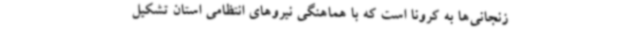
زنجانی‌ها به کرونا است که با هماهنگی نیروهای انتظامی استان تشکیل